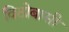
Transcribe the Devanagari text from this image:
विठोबासी